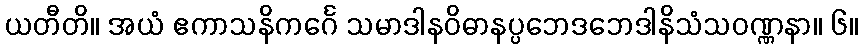
ယတီတိ။ အယံ ဧကာသနိကင်္ဂေ သမာဒါနဝိဓာနပ္ပဘေဒဘေဒါနိသံသဝဏ္ဏနာ။ ၆။